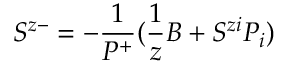
S ^ { z - } = - \frac { 1 } { P ^ { + } } ( \frac { 1 } { z } B + S ^ { z i } P _ { i } )